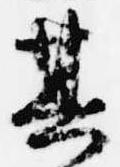
其